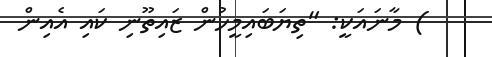
) މާނައަކީ: "ތިޔަބައިމީހުން ޒައިތޫނި ކައި އެއިން